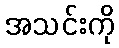
အသင်းကို